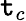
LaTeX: \mathtt{t}_{c}